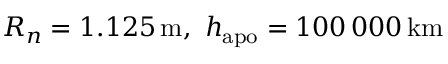
R _ { n } = 1 . 1 2 5 \, \mathrm { m } , \ h _ { \mathrm { a p o } } = 1 0 0 \, 0 0 0 \, \mathrm { k m }